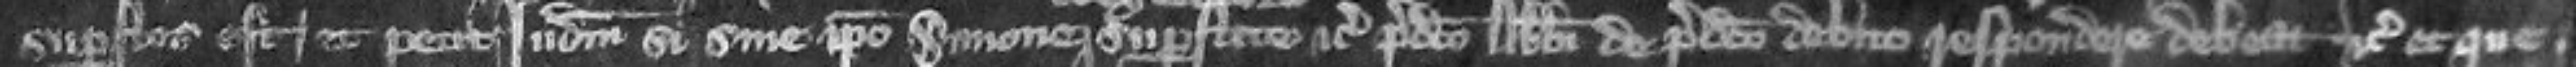
superstes est et petit judicium si sine ipso Simone superstite etc predicto abbati de placito debiti respondere debeat etc et que